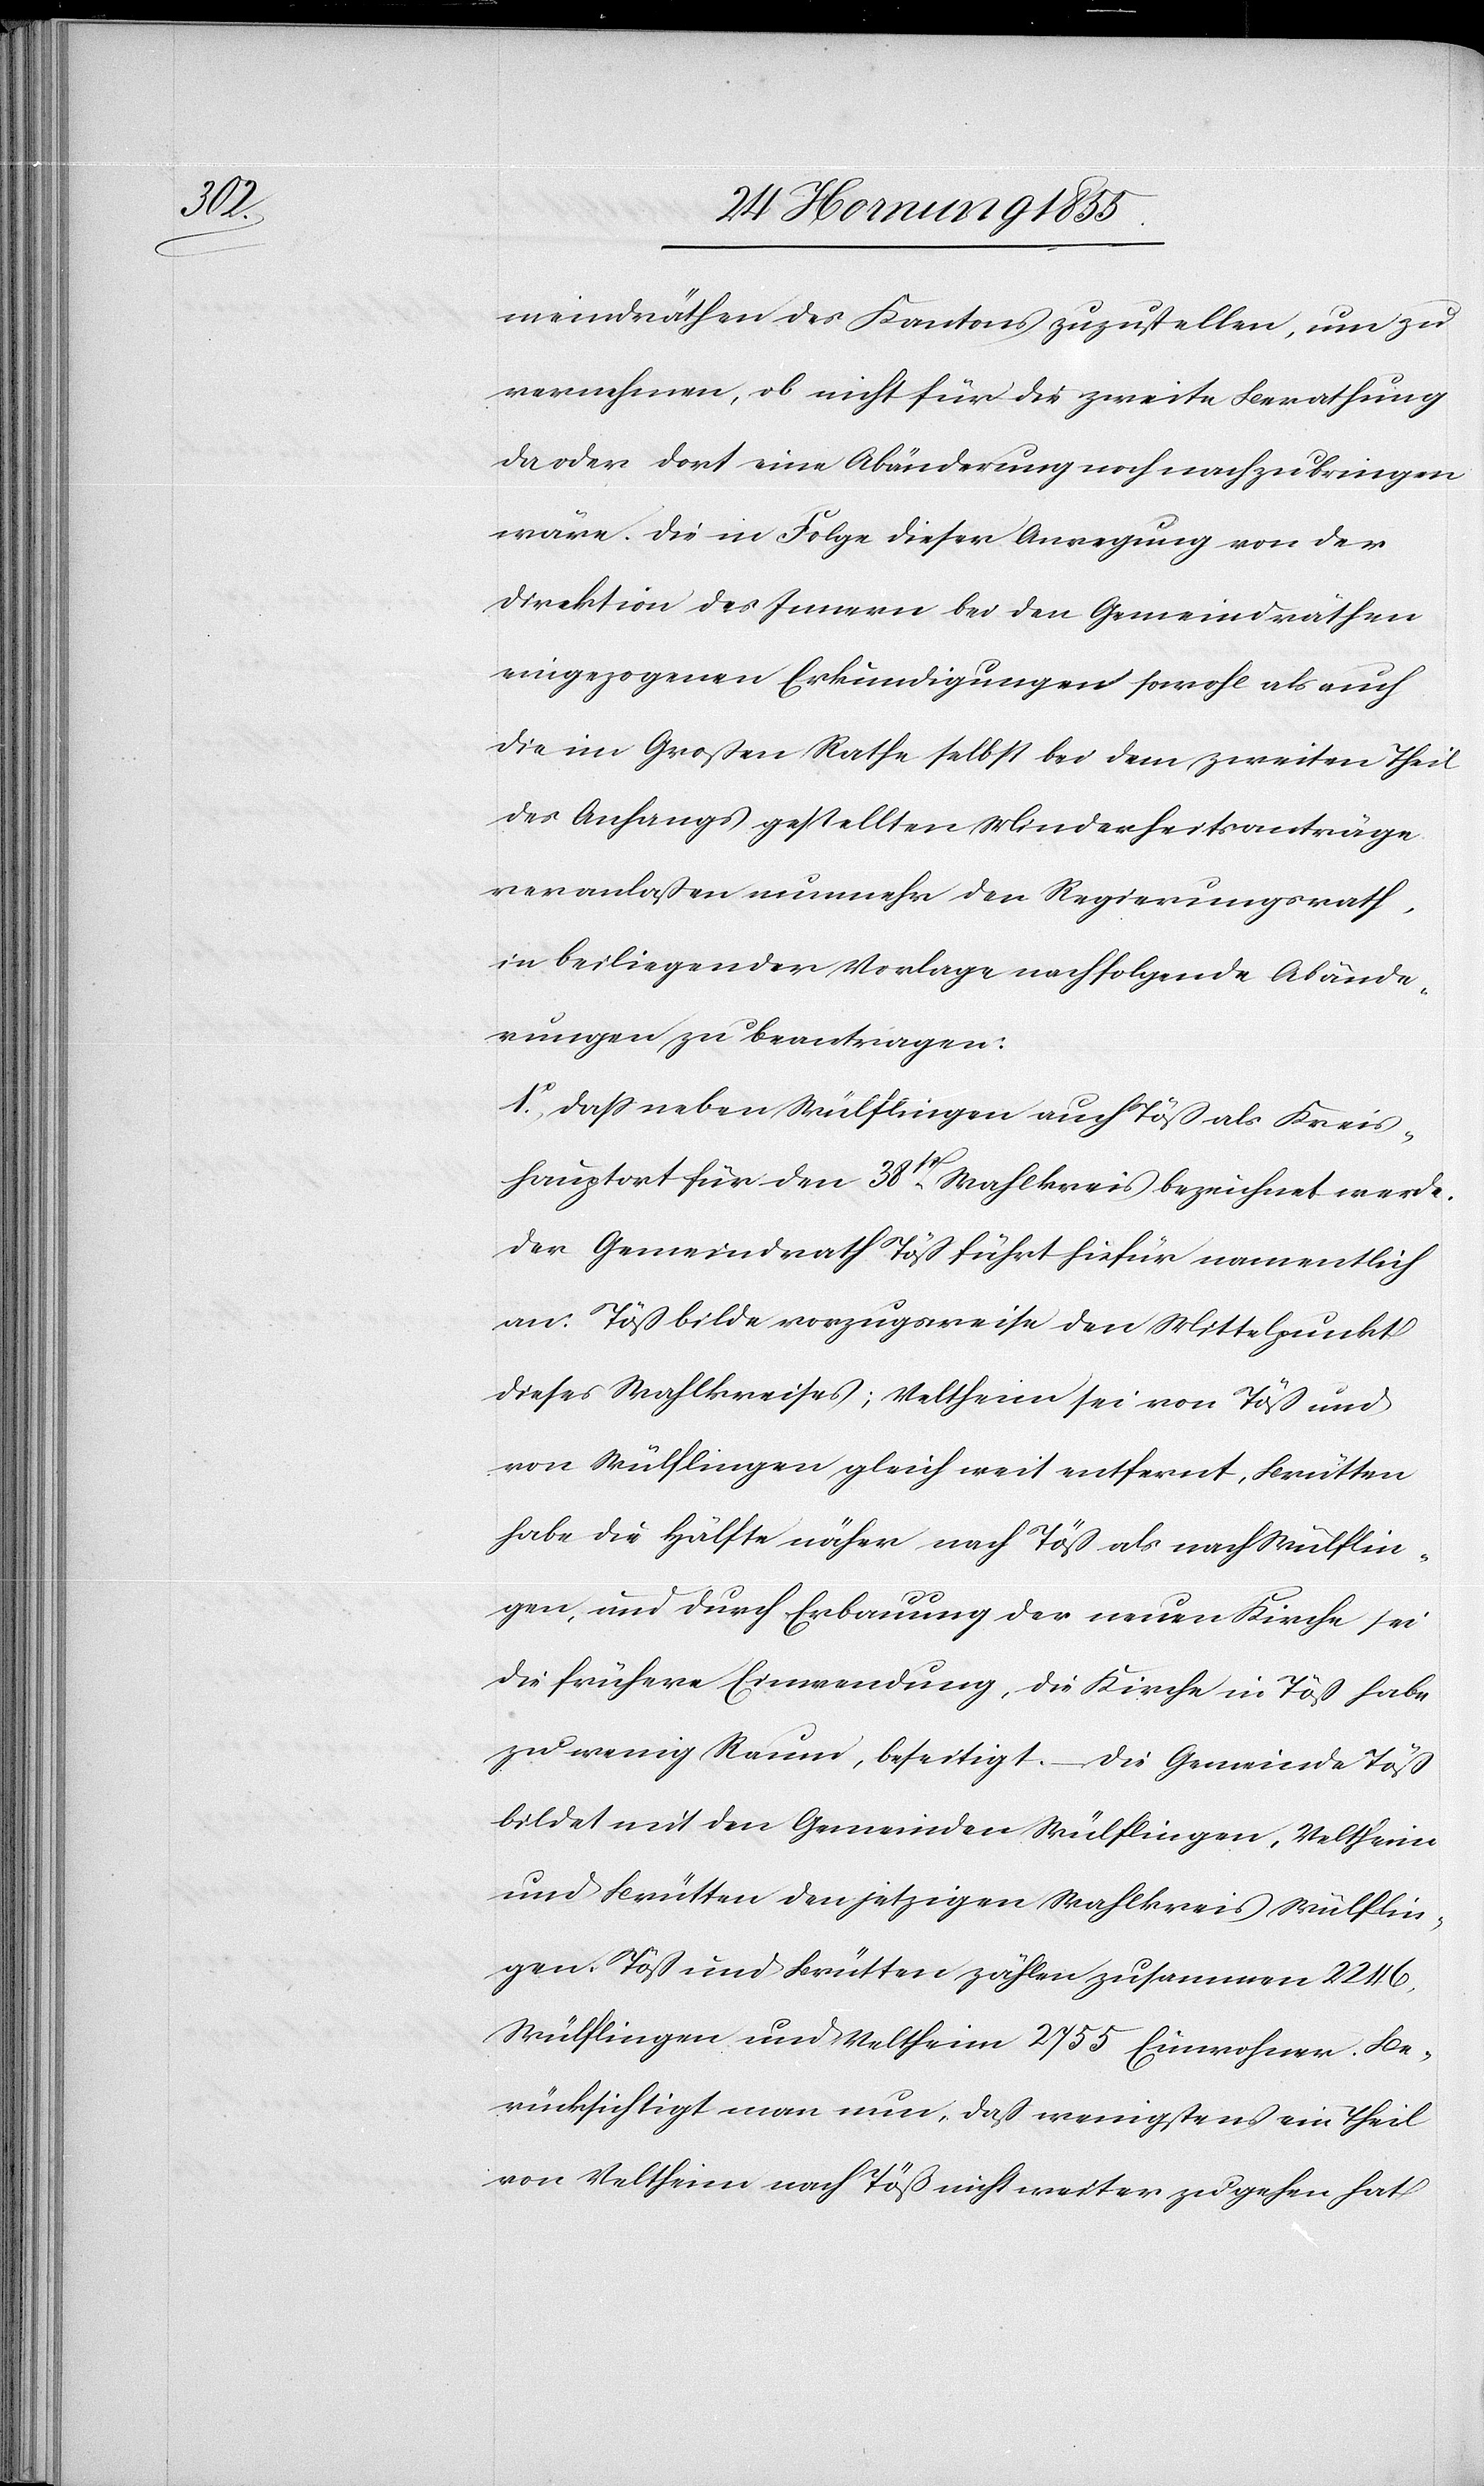
meindräthen des Kantons zuzustellen, um zu
vernehmen, ob nicht für die zweite Berathung
da oder dort eine Abänderung noch nachzubringen
wäre. Die in Folge dieser Anregung von der
Direktion des Innern bei den Gemeindräthen
eingezogenen Erkundigungen sowohl als auch
die im Großen Rathe selbst bei dem zweiten Theil
des Anhangs gestellten Minderheitsanträge
veranlaßen nunmehr den Regierungsrath,
in beiliegender Vorlage nachfolgende Abände¬
rungen zu beantragen:
1o, Daß neben Wülflingen auch Töß als Kreis¬
hauptort für den 38t[en] Wahlkreis bezeichnet werde.
Der Gemeindrath Töß führt hiefür namentlich
an: Töß bilde vorzugsweise den Mittelpunkt
dieses Wahlkreises; Veltheim sei von Töß und
von Wülflingen gleich weit entfernt, Brütten
habe die Hälfte näher nach Töß als nach Wülflin¬
gen, und durch Erbauung der neuen Kirche sei
die frühere Einwendung, die Kirche in Töß habe
zu wenig Raum, beseitigt. – Die Gemeinde Töß
bildet mit den Gemeinden Wülflingen, Veltheim
und Brütten den jetzigen Wahlkreis Wülflin¬
gen. Töß und Brütten zählen zusammen 2246,
Wülflingen und Veltheim 2755 Einwohner. Be¬
rücksichtigt man nun, daß wenigstens ein Theil
von Veltheim nach Töß nicht weiter zu gehen hat